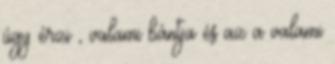
úgy érzi , valami bántja és az a valami